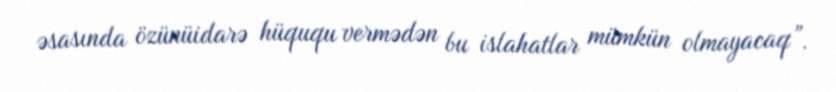
əsasında özünüidarə hüququ vermədən bu islahatlar mümkün olmayacaq”.